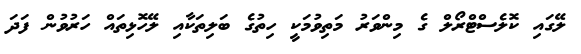
ލޭގައި ކޮލެސްޓްރޯލް ގެ މިންވަރު މަތިވުމަކީ ހިތުގެ ބަލިތަކާއި ލޭހޮޅިތައް ހަރުވުން ފަދަ